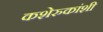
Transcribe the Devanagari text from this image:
कशेरुकांशी